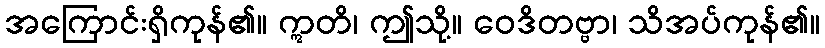
အကြောင်းရှိကုန်၏။ ဣတိ၊ ဤသို့။ ဝေဒိတဗ္ဗာ၊ သိအပ်ကုန်၏။